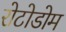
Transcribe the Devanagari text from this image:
रोटोडोम